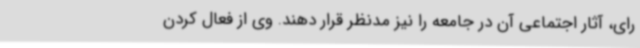
رای، آثار اجتماعی آن در جامعه را نیز مدنظر قرار دهند. وی از فعال کردن